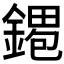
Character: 𫒹